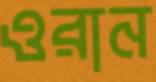
ওরান